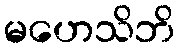
မဟေသိဘိ